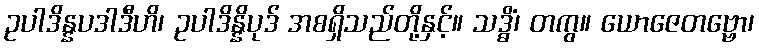
ဥပါဒိန္နပဒါဒီဟိ၊ ဥပါဒိန္နိပုဒ် အစရှိသည်တို့နှင့်။ သဒ္ဓိံ၊ တကွ။ ယောဇေတဗ္ဗော၊